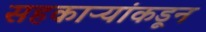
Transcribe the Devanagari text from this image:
सहकाऱ्यांकडून